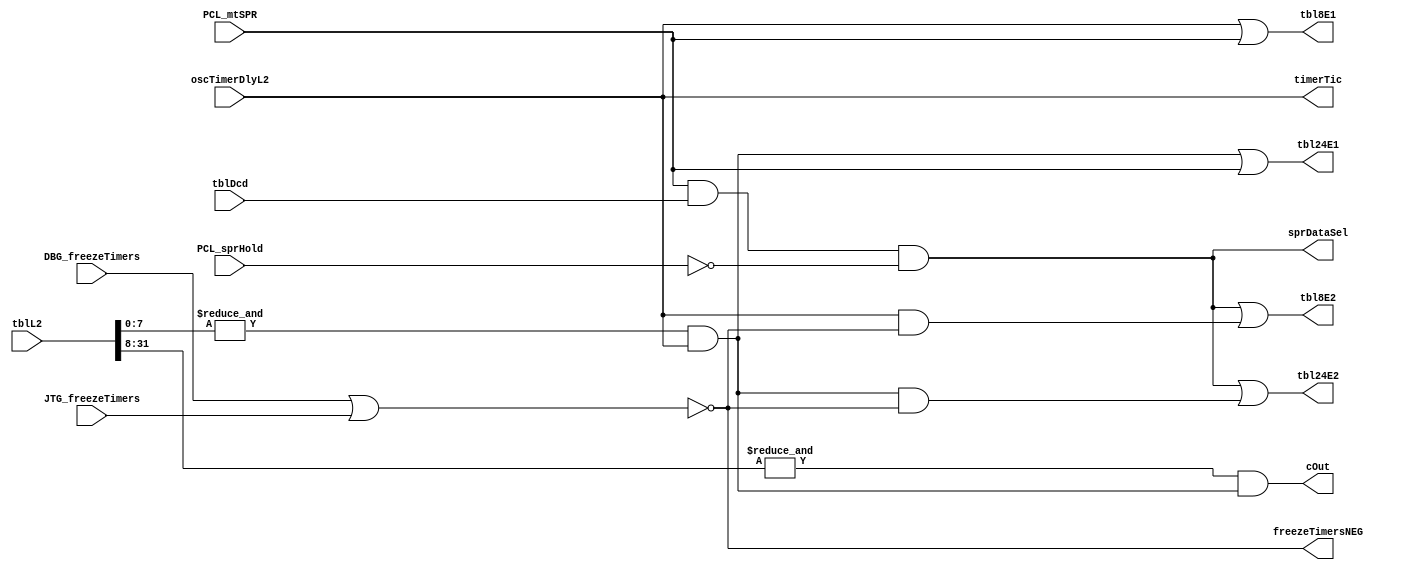
// 
// ************************************************************************** 
// 
//  Copyright (c) International Business Machines Corporation, 2005. 
// 
//  This file contains trade secrets and other proprietary and confidential 
//  information of International Business Machines Corporation which are 
//  protected by copyright and other intellectual property rights and shall 
//  not be reproduced, transferred to other documents, disclosed to others, 
//  or used for any purpose except as specifically authorized in writing by 
//  International Business Machines Corporation. This notice must be 
//  contained as part of this text at all times. 
// 
// ************************************************************************** 
//
module timerTblEqs (
                    cOut, 
		    sprDataSel, 
		    tbl8E1, 
		    tbl8E2, 
		    tbl24E1, 
		    tbl24E2,
                    timerTic, 
		    freezeTimersNEG, 
		    tblL2, 
		    oscTimerDlyL2, 
		    DBG_freezeTimers, 
                    JTG_freezeTimers, 
		    PCL_mtSPR, 
		    PCL_sprHold, 
		    tblDcd
		    );

    
output cOut;
output sprDataSel;
output tbl8E1;
output tbl8E2;
output tbl24E1;
output tbl24E2;
output timerTic;
output freezeTimersNEG;

input [0:31] tblL2;
input oscTimerDlyL2;
input DBG_freezeTimers;
input JTG_freezeTimers;
input PCL_mtSPR;
input PCL_sprHold;
input tblDcd;
    
wire cOut8;
 
    
assign timerTic = oscTimerDlyL2;
assign freezeTimersNEG = ~(DBG_freezeTimers | JTG_freezeTimers);

assign cOut8 = (&tblL2[24:31]) & timerTic;
assign cOut = (&tblL2[0:23]) & cOut8;

assign sprDataSel = PCL_mtSPR & tblDcd & ~PCL_sprHold;

assign tbl8E1 = timerTic | PCL_mtSPR;
assign tbl8E2 = (PCL_mtSPR & tblDcd & ~PCL_sprHold) | 
                (timerTic & freezeTimersNEG);

assign tbl24E1 = cOut8 | PCL_mtSPR;
assign tbl24E2 = (PCL_mtSPR & tblDcd & ~PCL_sprHold) | 
                 (cOut8 & freezeTimersNEG);

endmodule